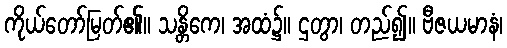
ကိုယ်တော်မြတ်၏။ သန္တိကေ၊ အထံ၌။ ဌတွာ၊ တည်၍။ ဗီဇယမာနံ၊